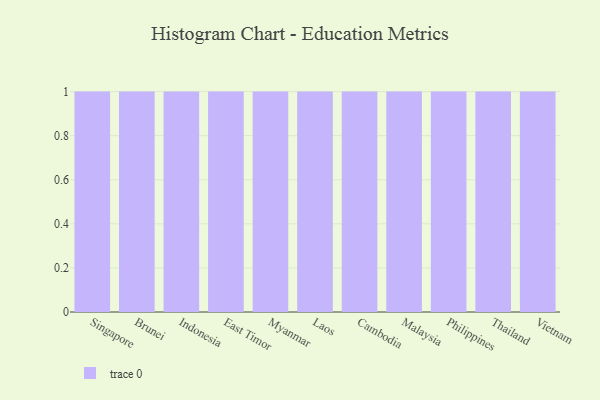
{"axis": {"x": "Country", "y": "Market Share (%)"}, "legend": [""], "data": [{"x": "Singapore", "y": 21, "type": ""}, {"x": "Brunei", "y": 35, "type": ""}, {"x": "Indonesia", "y": 55, "type": ""}, {"x": "East Timor", "y": 21, "type": ""}, {"x": "Myanmar", "y": 84, "type": ""}, {"x": "Laos", "y": 75, "type": ""}, {"x": "Cambodia", "y": 50, "type": ""}, {"x": "Malaysia", "y": 75, "type": ""}, {"x": "Philippines", "y": 99, "type": ""}, {"x": "Thailand", "y": 77, "type": ""}, {"x": "Vietnam", "y": 99, "type": ""}]}